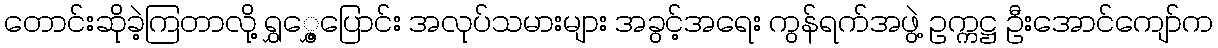
တောင်းဆိုခဲ့ကြတာလို့ ရွှွှေ့ပြောင်း အလုပ်သမားများ အခွင့်အရေး ကွန်ရက်အဖွဲ့ ဥက္ကဋ္ဌ ဦးအောင်ကျော်က